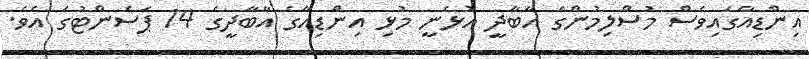
އިންޑިއާގައިވެސް މުސްލިމުންގެ އާބާދީ އުޅެނީ މުޅި އިންޑިއާގެ އާބާދީގެ 14 ޕަސެންޓުގަ އެވެ.